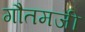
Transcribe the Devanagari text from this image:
गौतमजी